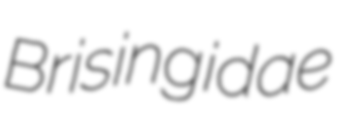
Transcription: Brisingidae